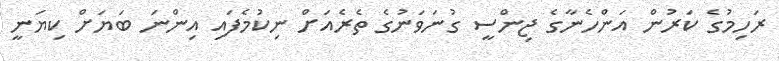
ރަހިމުގެ ކަރުން އަންހެނާގެ ޖިންސީ ގުނަވަނުގެ ތެރެއަށް ނިކުމެފައި އިންނަ ބަޔަށް ކިޔަނީ